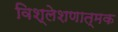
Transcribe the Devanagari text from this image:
विश्लेशणात्मक